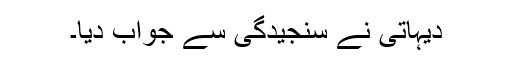
دیہاتی نے سنجیدگی سے جواب دیا۔